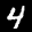
Label: 4